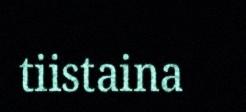
tiistaina